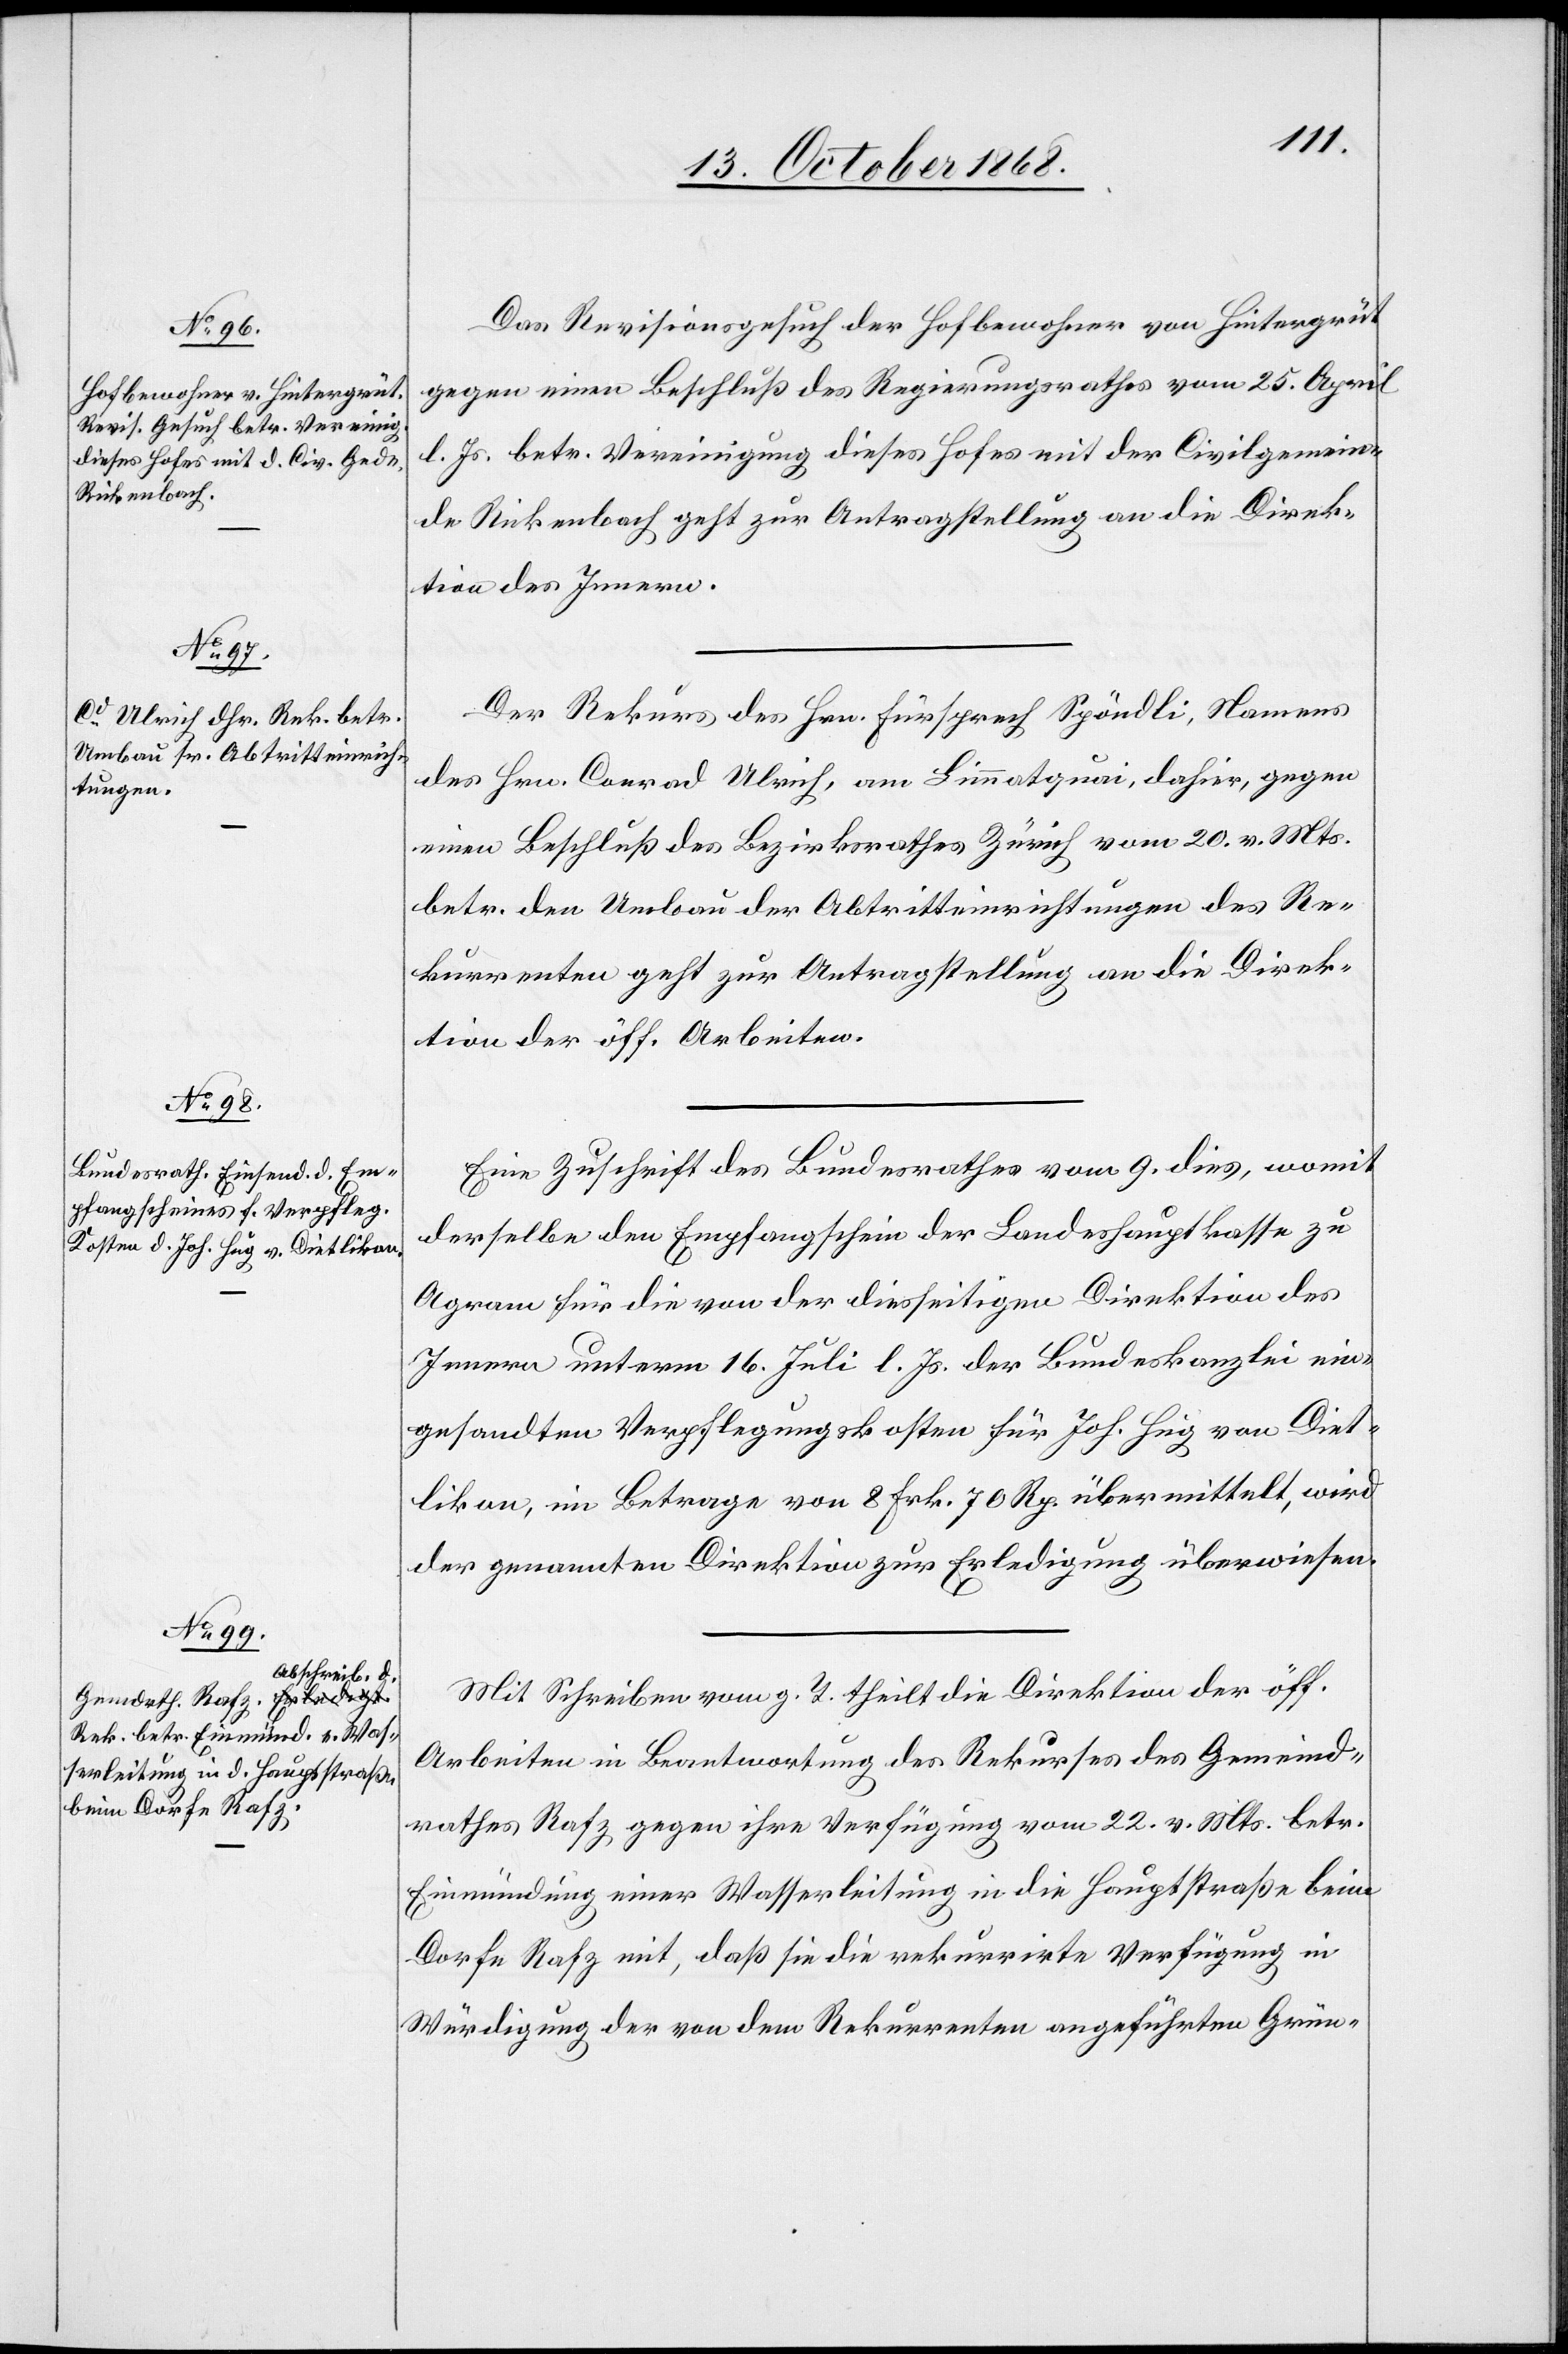
14. October 1868.]
Das Revisionsgesuch der Hofbewohner von Hintergrüt
gegen einen Beschluß des Regierungsrathes vom 25. April
l. Js. betr. Vereinigung dieses Hofes mit der Civilgemein¬
de Rickenbach geht zur Antragstellung an die Direk¬
tion des Innern.
Der Rekurs des Hrn. Fürsprech Spöndli, Namens
des Hrn. Conrad Ulrich, am Limmatquai, dahier, gegen
einen Beschluß des Bezirksrathes Zürich vom 20. v. Mts.
betr. den Umbau der Abtritteinrichtungen des Re¬
kurrenten geht zur Antragstellung an die Direk¬
tion der öff. Arbeiten.
Eine Zuschrift des Bundesrathes vom 9. dies, womit
derselbe den Empfangschein der Landeshauptkasse zu
Agram für die von der diesseitigen Direktion des
Innern unterm 16. Juli l. Js. der Bundeskanzlei ein¬
gesandten Verpflegungskosten für Joh. Hug von Diet¬
likon, im Betrage von 8 Frk. 70 Rp. übermittelt, wird
der genannten Direktion zur Erledigung überwiesen.
Mit Schreiben vom g. T. theilt die Direktion der öff.
Arbeiten in Beantwortung des Rekurses des Gemeind¬
rathes Rafz gegen ihre Verfügung vom 22. v. Mts. betr.
Einmündung einer Wasserleitung in die Hauptstraße beim
Dorfe Rafz mit, daß sie die rekurrirte Verfügung in
Würdigung der von dem Rekurrenten angeführten Grün-